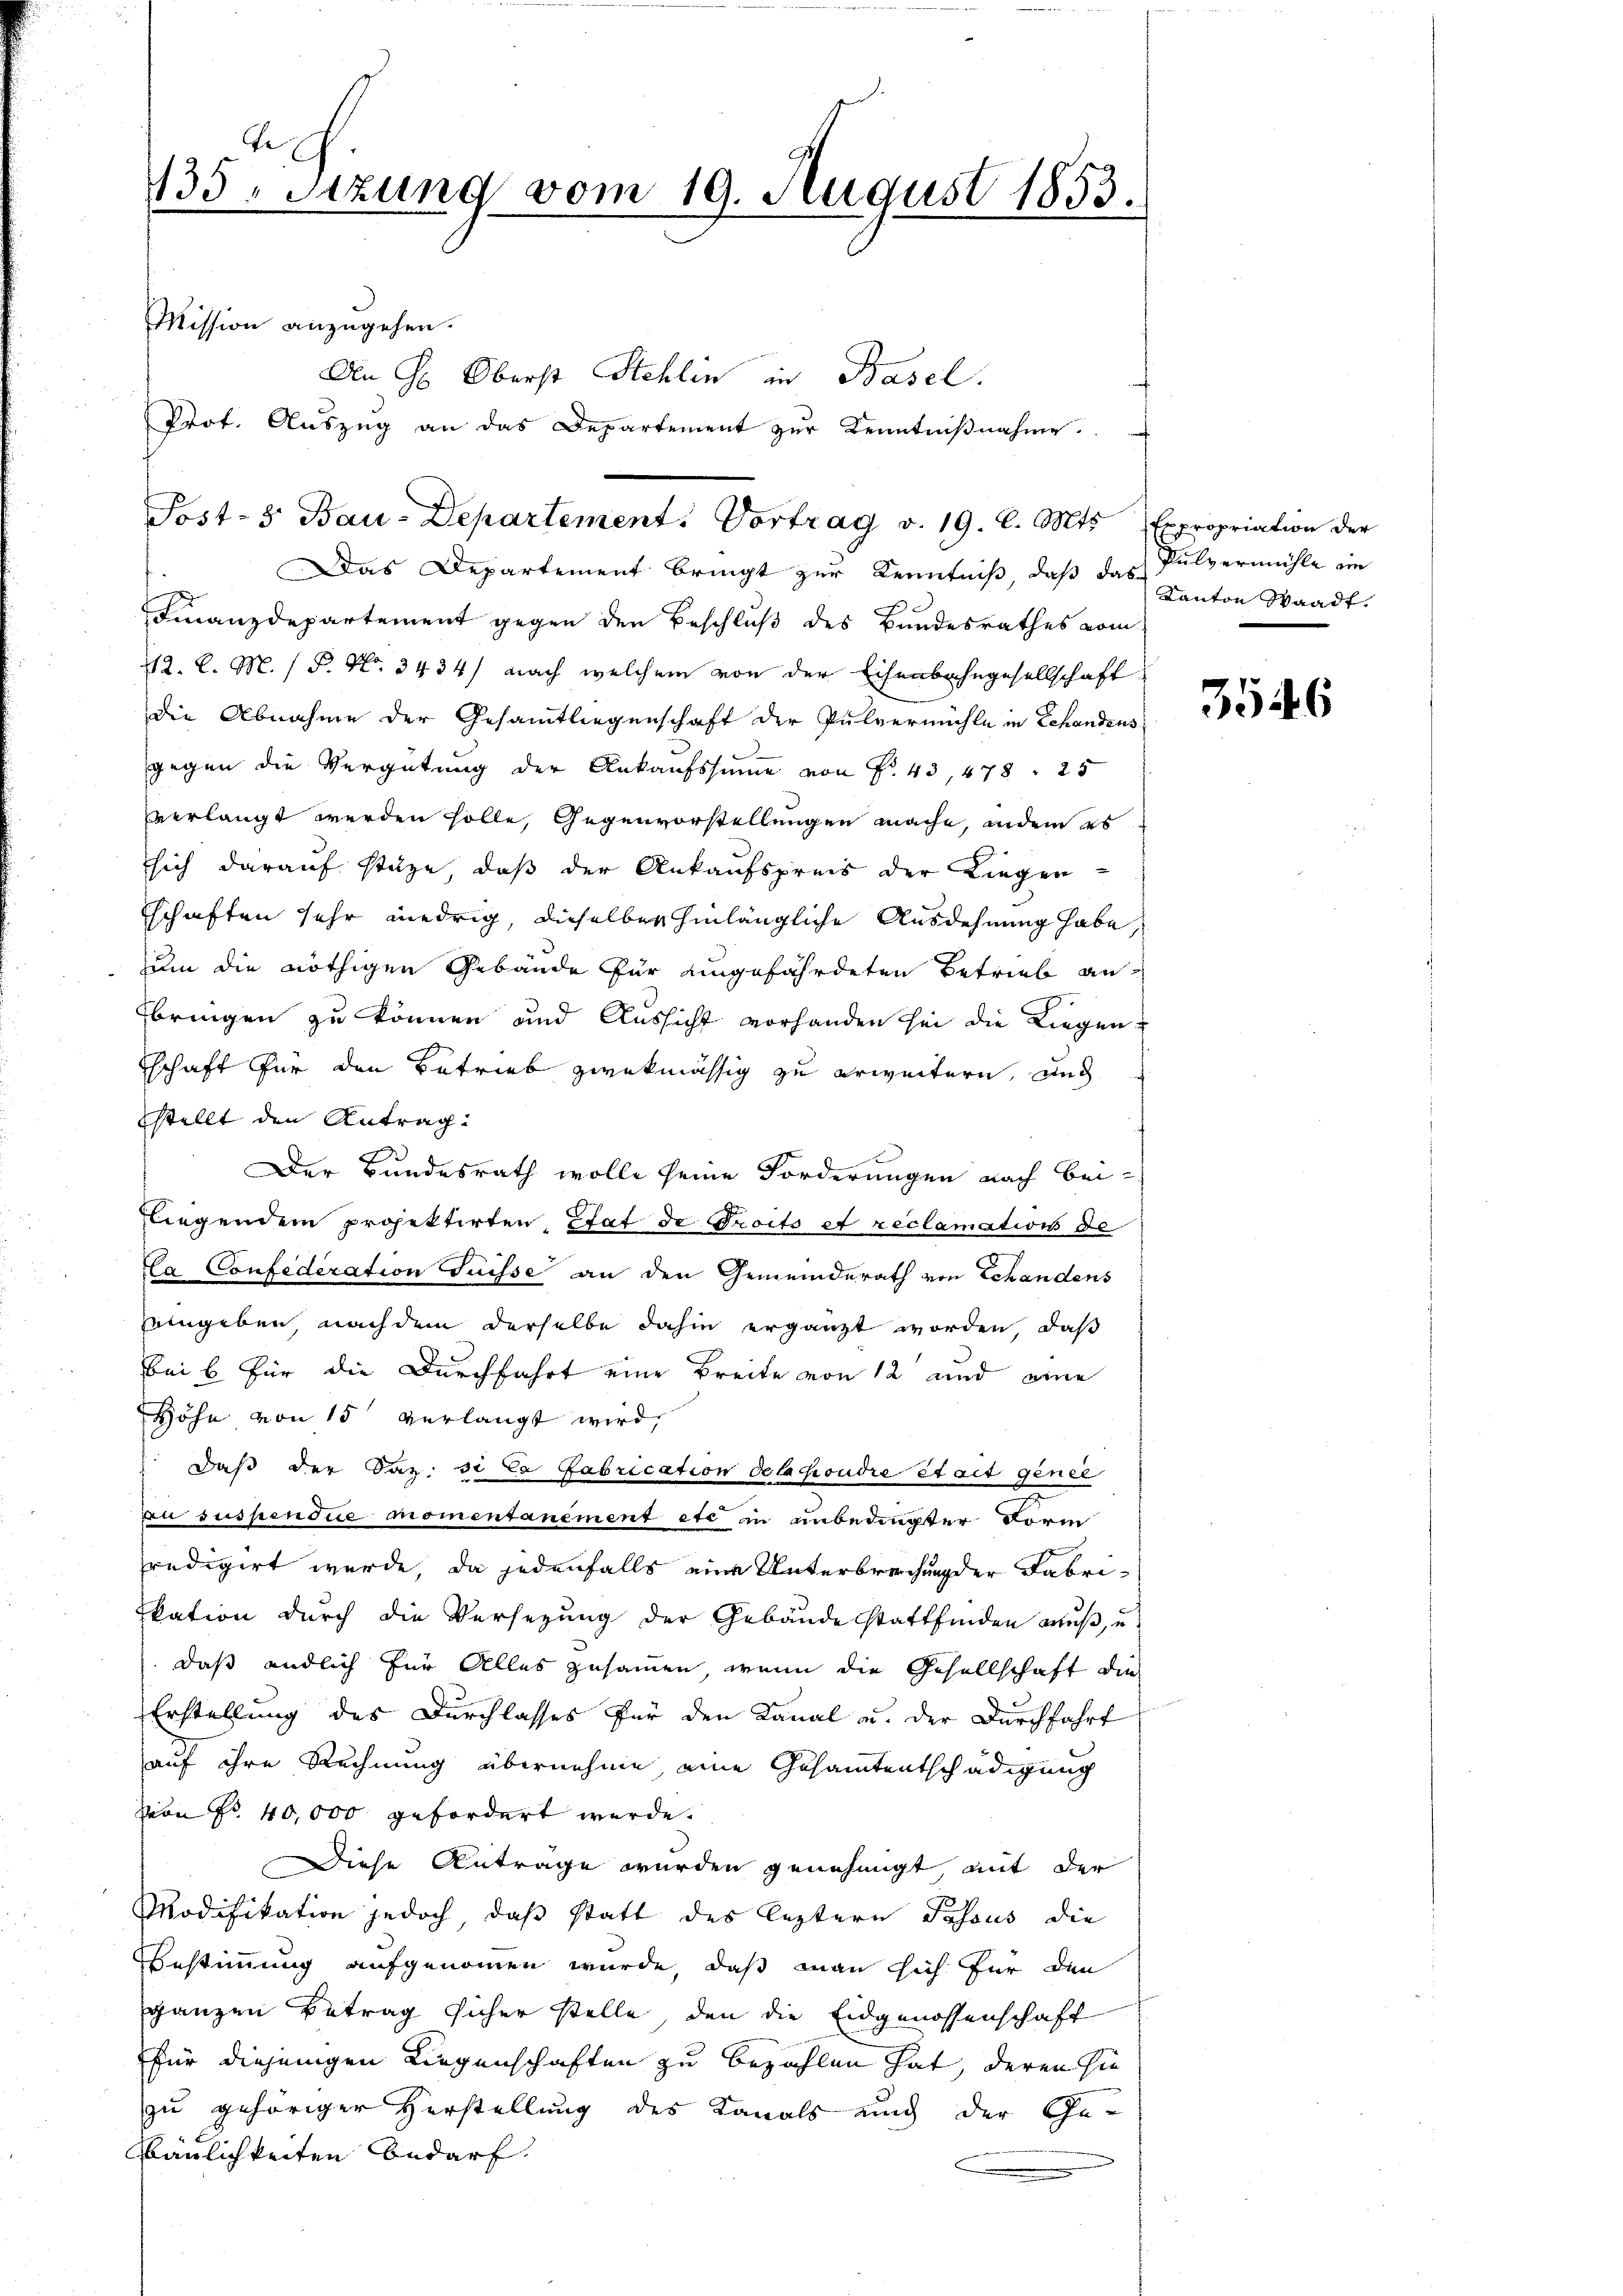
435. Sitzung vom 19. August 1853.

Mission anzugehen.
An H: Oberst Stehlin in Basel.
Das Departement bringt zur Kenntniß, daß das Pulvermühle ein
Finanzdepartement gegen den Beschluß des Bandesrathes vom
112. l. M. / P. No. 3434/ nach welchem von der Eisenbahngesellschaft
die Abnahme der Gesammtliegenschaft der Pulvermühle in Schandens
gegen die Vergütung der Ankaufssumme von No. 43, 478. 25
verlangt werden solle, Gegenvorstellungen mache, indem es
sich darauf stüze, daß der Ankaufspreis der Liegen-
schaften sehr niedrig, dieselben hinlängliche Ausdehnung habe
zum die nöthigen Gebäude für eingefährdeten Betrieb anfbringen zu können und Aussicht vorhanden sei die Liegenschaft für den Betrieb zwekmässig zu erweitern, und
stellt den Antrag
d
Der Bundesrath wolle seine Forderungen nach bei¬
Liegendem projektirten Saf de Proits et reclamation de
Ca Confederation Suisse an den Gemeinderath von Schandens
eingeben nach dem derselbe dahin ergänzt worden, daß
bei 6 für die Durchfahrt eine Breite von 12 und eine
Höhe von 15 verlangt wird,
 Daß der daz si la fabrication delachondre Stadt genei
n suspendue momentanement etc in unbedingter Form
predigirt wurde, da jedenfalls eine Unterbrechung der Fabriikation durch die Versezung der Gebäude stattfinden muß, u
daß endlich für Alles zusammen, wenn die Gesellschaft die
Erstellung des Durchlasses für den Kanal u. der Durchfahrt
auf ihre Rechnung übernehme, eine Gesamtentschädigung
von Fr. 40,000 gefordert werde.
Diese Antrage wurden genehmigt, mit der
Modifikation jedoch, daß statt des leztern Posous die
Bestimmung aufgenommen wurde, daß man sich für den
ganzen Betrag sicher stelle, den die Eidgenossenschaft
für diejenigen Liegenschaften zu bezahlen hat, deren sie
zu gehöriger Herstellung des Kanals auch der Ge¬
Baulichkeiten Bedarf.

Prot. Aŭszŭg an das Departement zŭr Kenntniβnahme.
Post- & Bau-Departement. Vortrag v. 19. l. Mts. Expropriation der

Kanton Waadt.

3546